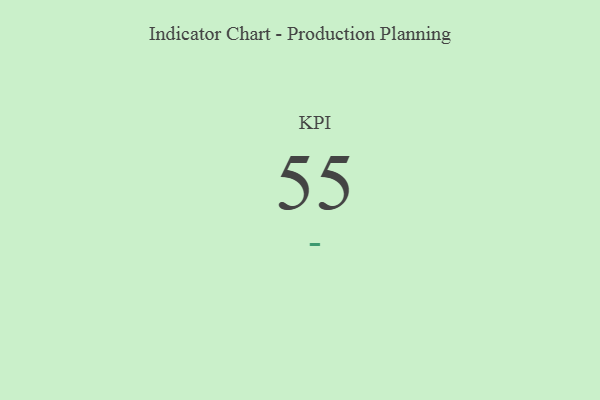
{"axis": {"x": "KPI", "y": "Value"}, "legend": [""], "data": [{"x": "KPI", "y": 55, "type": ""}]}